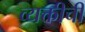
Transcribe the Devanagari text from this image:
व्यक्तीचीं